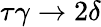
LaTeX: \tau\gamma\to 2\delta